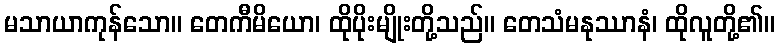
မသာယာကုန်သော။ တေကီမိယော၊ ထိုပိုးမျိုးတို့သည်။ တေသံမနုဿာနံ၊ ထိုလူတို့၏။